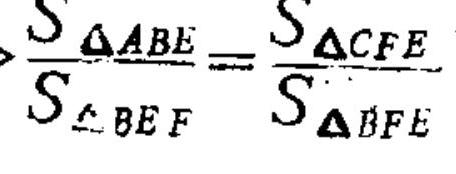
\frac{S_{\triangle ABE}}{S_{\triangle BEF}}=\frac{S_{\triangle CFE}}{S_{\triangle BFE}}